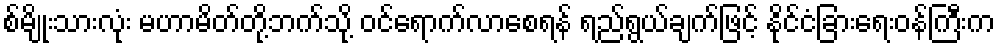
စ်မျိုးသားလုံး မဟာမိတ်တို့ဘက်သို့ ဝင်ရောက်လာစေရန် ရည်ရွယ်ချက်ဖြင့် နိုင်ငံခြားရေးဝန်ကြီးက